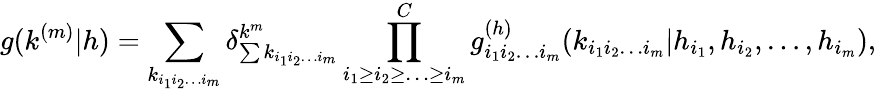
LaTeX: g(k^{(m)}|h)=\sum_{k_{i_{1}i_{2}\ldots i_{m}}}\delta_{\sum{k_{i_{1}i_{2}\ldots i_{m}}}}^{k^{m}}\prod_{i_{1}\geq i_{2}\geq\ldots\geq i_{m}}^{C}g_{i_{1}i_{2}\ldots i_{m}}^{(h)}(k_{i_{1}i_{2}\ldots i_{m}}|h_{i_{1}},h_{i_{2}},\ldots,h_{i_{m}}),